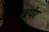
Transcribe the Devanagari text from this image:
खर्पर